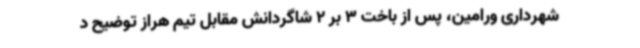
شهرداری ورامین، پس از باخت 3 بر 2 شاگردانش مقابل تیم هراز توضیح د